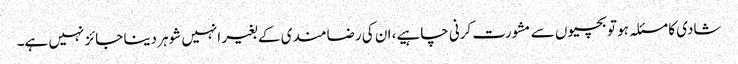
شادی کا مسئلہ ہو تو بچیوں سے مشورت کرنی چاہیے، ان کی رضامندی کے بغیر انہیں شوہر دینا جائز نہیں ہے۔